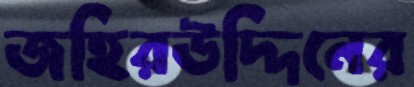
জহিরউদ্দিনের